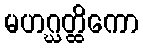
မဟဂ္ဃတ္ထိကော